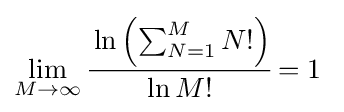
\lim _{M\rightarrow \infty }{\cfrac {\ln \left({\sum _{N=1}^{M}N!}\right)}{\ln {M!}}}=1\